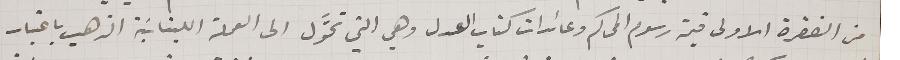
من الفقرة الاولى قيمة رسوم المحاكم وعائدات كتاب العدل وهي التي تحوَّل الى العملة اللبنانية الذهب باعتبار